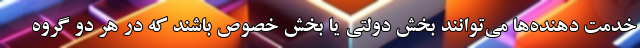
خدمت دهنده‌ها می‌توانند بخش دولتی یا بخش خصوص باشند که در هر دو گروه